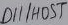
Text: D11/HOST